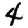
Digit: 4